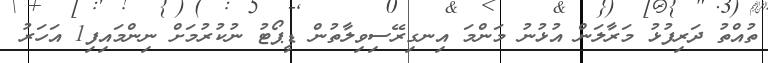
ތުއްތު ދަރިފުޅު މަރާލަން އުޅުނު މަންމަ އިނގިރޭސިވިލާތުން ޑީޕޯޓު ނުކުރުމަށް ނިންމައިފި1 އަހަރު